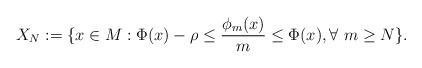
LaTeX: \begin{align*}X_{N} := \{x \in M: \Phi(x) - \rho \leq \dfrac{\phi_m(x)}{m} \leq \Phi(x), \forall \ m \geq N\}.\end{align*}